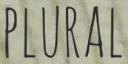
PLURAL